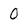
Character: 0